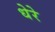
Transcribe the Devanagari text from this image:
धेरे